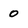
Character: 0